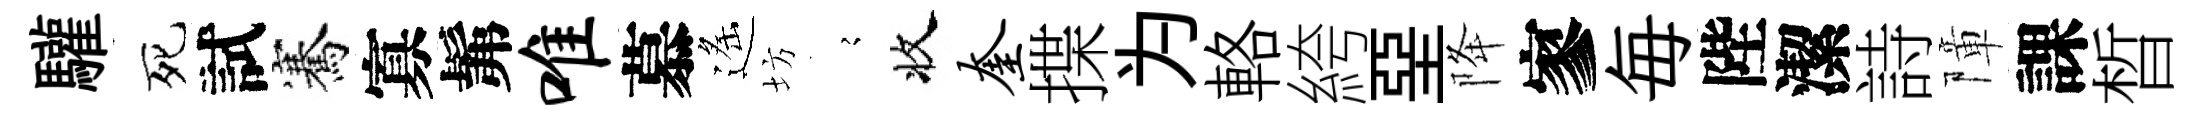
驩死試騫寡髴唯慕遙坊𡪹收奎揲为輅絝堊降寥毎陛潔詩障課晳